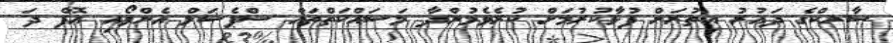
ސާރކްގެ ދައުރު އިތުރަށް ފުޅާކުރުމަށް ކުރެވެމުންދާ މަސައްކަތްތައް ސްޕެޝަލް އެންވޯއި އޮފް ދަ